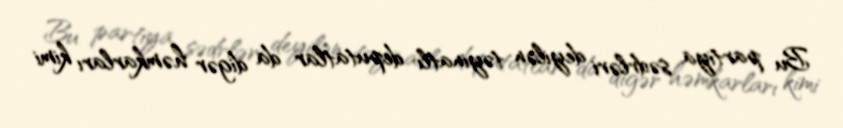
Bu partiya sədrləri deyilən təyinatlı deputatlar da digər həmkarları kimi